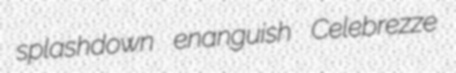
splashdown enanguish Celebrezze